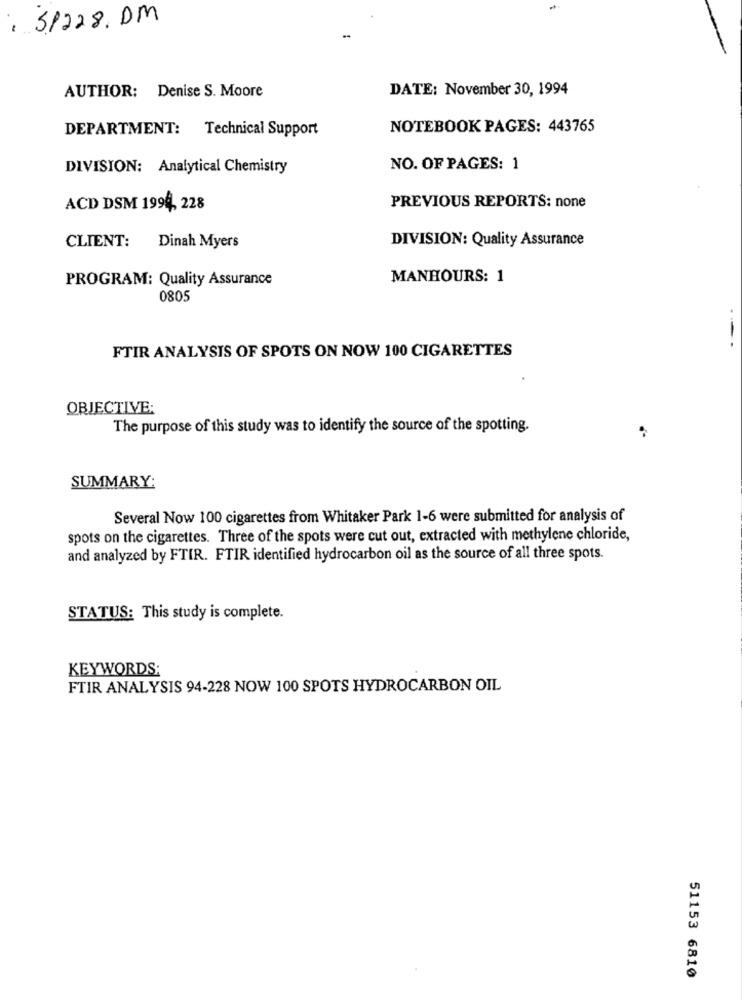
SP228. DM
DATE: November 30, 1994
AUTHOR: Denise S. Moore
DEPARTMENT: Technical Support
NOTEBOOK PAGES: 443765
DIVISION: Analytical Chemistry
NO. OF PAGES: 1
ACD DSM 1994, 228
PREVIOUS REPORTS: none
CLIENT:
Dinah Myers
DIVISION: Quality Assurance
PROGRAM: Quality Assurance
MANHOURS: 1
0805
FTIR ANALYSIS OF SPOTS ON NOW 100 CIGARETTES
OBJECTIVE:
The purpose of this study was to identify the source of the spotting.
SUMMARY:
Several Now 100 cigarettes from Whitaker Park 1-6 were submitted for analysis of
spots on the cigarettes. Three of the spots were cut out, extracted with methylene chloride,
and analyzed by FTIR. FTIR identified hydrocarbon oil as the source of all three spots.
STATUS: This study is complete.
KEYWORDS:
FTIR ANALYSIS 94-228 NOW 100 SPOTS HYDROCARBON OIL
51153 6810